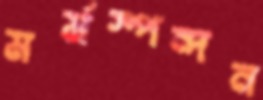
মর্মস্পন্দন